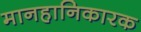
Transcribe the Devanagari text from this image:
मानहानिकारक